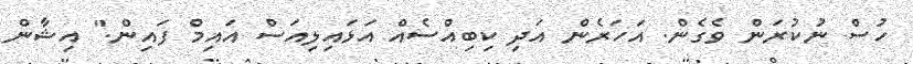
ހުސް ނުކުރަން ވެގެން. އަހަރެން އަދި ކިބިއްސެއް އަޅައިލިއަސް އައިމް ފައިން." އިޝާން